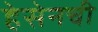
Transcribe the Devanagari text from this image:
हेसेनची